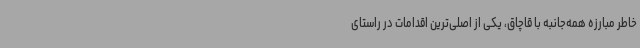
خاطر مبارزه همه‌جانبه با قاچاق، یکی از اصلی‌ترین اقدامات در راستای